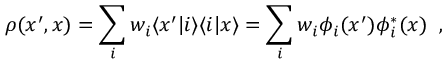
\rho ( x ^ { \prime } , x ) = \sum _ { i } w _ { i } \langle x ^ { \prime } | i \rangle \langle i | x \rangle = \sum _ { i } w _ { i } \phi _ { i } ( x ^ { \prime } ) \phi _ { i } ^ { \ast } ( x ) \; \; ,